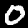
Label: 0